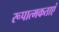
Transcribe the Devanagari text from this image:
रूपात्मकताएं